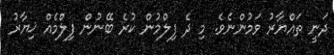
ދަނީ ތައްޔާރު ވަމުންނެވެ. މި ދެ ފިލްމުން ކުރެ ބޭނުން ފިލްމެއް ޚިޔާރު